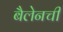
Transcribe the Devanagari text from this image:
बैलेनची